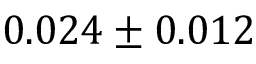
0 . 0 2 4 \pm 0 . 0 1 2